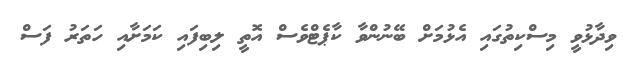
ވިދާޅުވީ މިސްކިތުގައި އެޅުމަށް ބޭނުންވާ ކާޕެޓްވެސް އޮތީ ލިބިފައި ކަމަށާއި ހަތަރު ފަސް